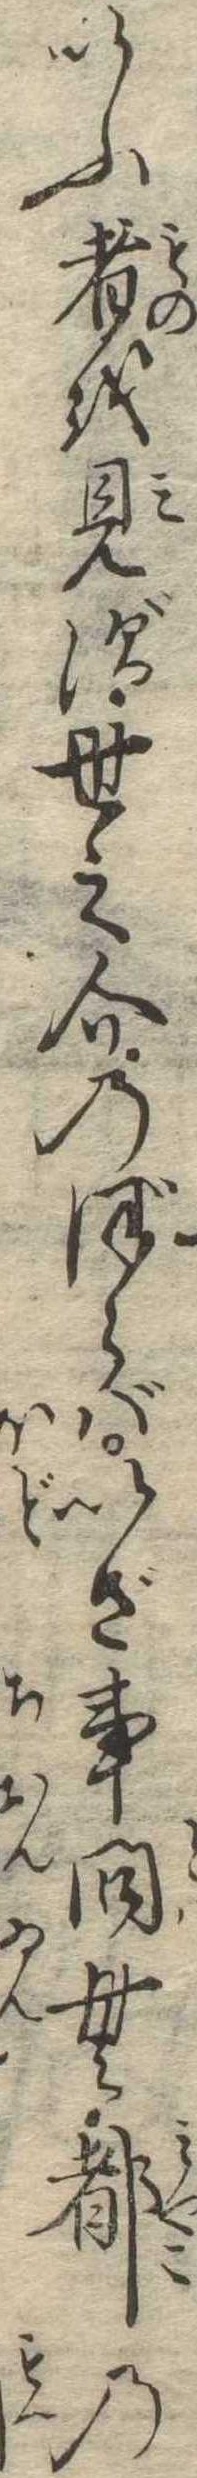
いふ者を見ず世之介のぼらばいざ事問む都の